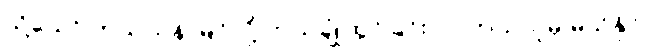
သို့သော် ဘယ်ယုန် မြင်လို့ ဘယ်ချုံထွင်ခြင်းလဲ၊ ဘယ်သူမှ မသိနိုင်။